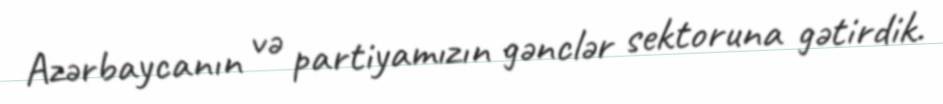
Azərbaycanın və partiyamızın gənclər sektoruna gətirdik.